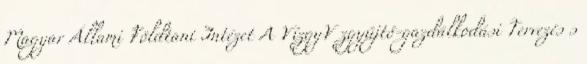
Magyar Állami Földtani Intézet A VízgyV zgyűjtő-gazdálkodási Tervezés s